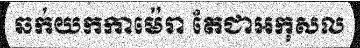
ឆក់យកកាម៉េរា តែជាអកុសល